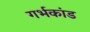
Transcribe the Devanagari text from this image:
गर्भकांड